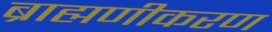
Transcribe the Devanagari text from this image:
ब्राह्मणीकरण